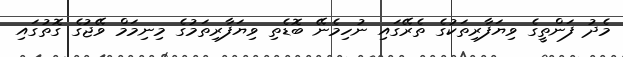
މެދު ފަންތީގެ ވިޔަފާރިތަކުގެ ތެރޭގައި ނުހިމެނޭ ބޮޑެތި ވިޔަފާރިތަމުގެ މިނިމަމް ވޭޖުގެ ގޮތުގައި